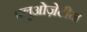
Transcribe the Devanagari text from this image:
फ़्लूओज़ेटीन